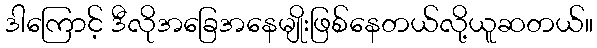
ဒါကြောင့် ဒီလိုအခြေအနေမျိုးဖြစ်နေတယ်လို့ယူဆတယ်။